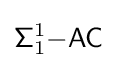
{\mathsf {\Sigma }}_{1}^{1}{\mathsf {-AC}}